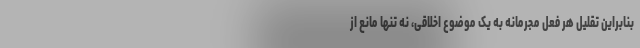
بنابراین تقلیل هر فعل مجرمانه به یک موضوع اخلاقی، نه تنها مانع از